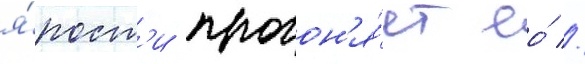
я́рост'и прогон'я́ет ео́ //